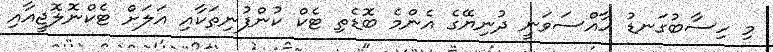
މި ހިސާބުގަނޑު ހާއްސަވަނީ ދުނިޔޭގެ އެންމެ ބޮޑެތި ޓެކް ކުންފުނިތަކާއި އަލަށް ޓެކްނޮލޮޖީއާއި